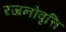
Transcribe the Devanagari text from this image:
रजनोवृत्ति